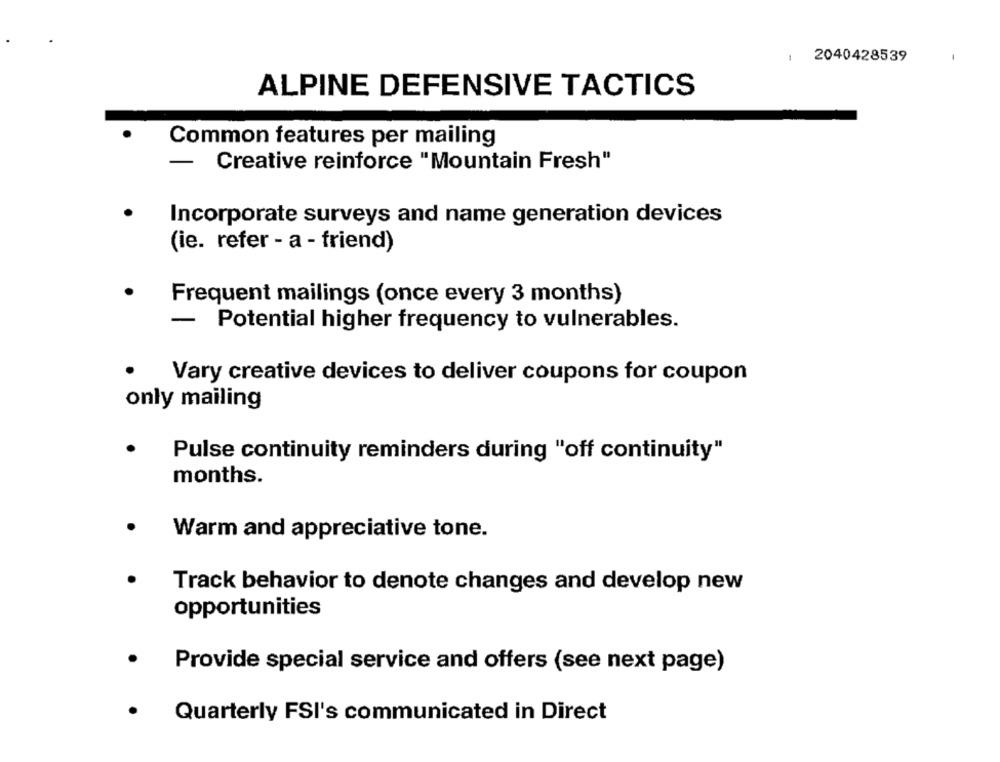
1
2040428539
ALPINE DEFENSIVE TACTICS
Common features per mailing
Creative reinforce "Mountain Fresh"
Incorporate surveys and name generation devices
(ie. refer - a - friend)
Frequent mailings (once every 3 months)
-
Potential higher frequency to vulnerables.
Vary creative devices to deliver coupons for coupon
only mailing
.
Pulse continuity reminders during "off continuity"
months.
Warm and appreciative tone.
Track behavior to denote changes and develop new
opportunities
Provide special service and offers (see next page)
Quarterly FSI's communicated in Direct